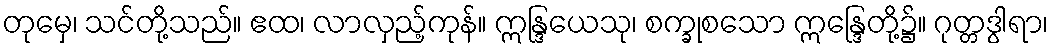
တုမှေ၊ သင်တို့သည်။ ဧထ၊ လာလှည့်ကုန်။ ဣန္ဒြယေသု၊ စက္ခုစသော ဣန္ဒြေတို့၌။ ဂုတ္တဒွါရာ၊